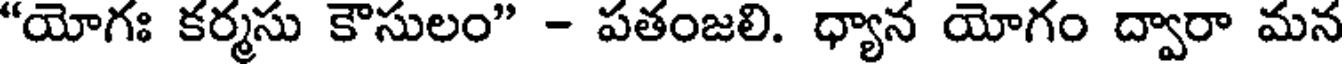
"యోగః కర్మసు కౌసులం" - పతంజలి. ధ్యాన యోగం ద్వారా మన